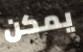
يمكن